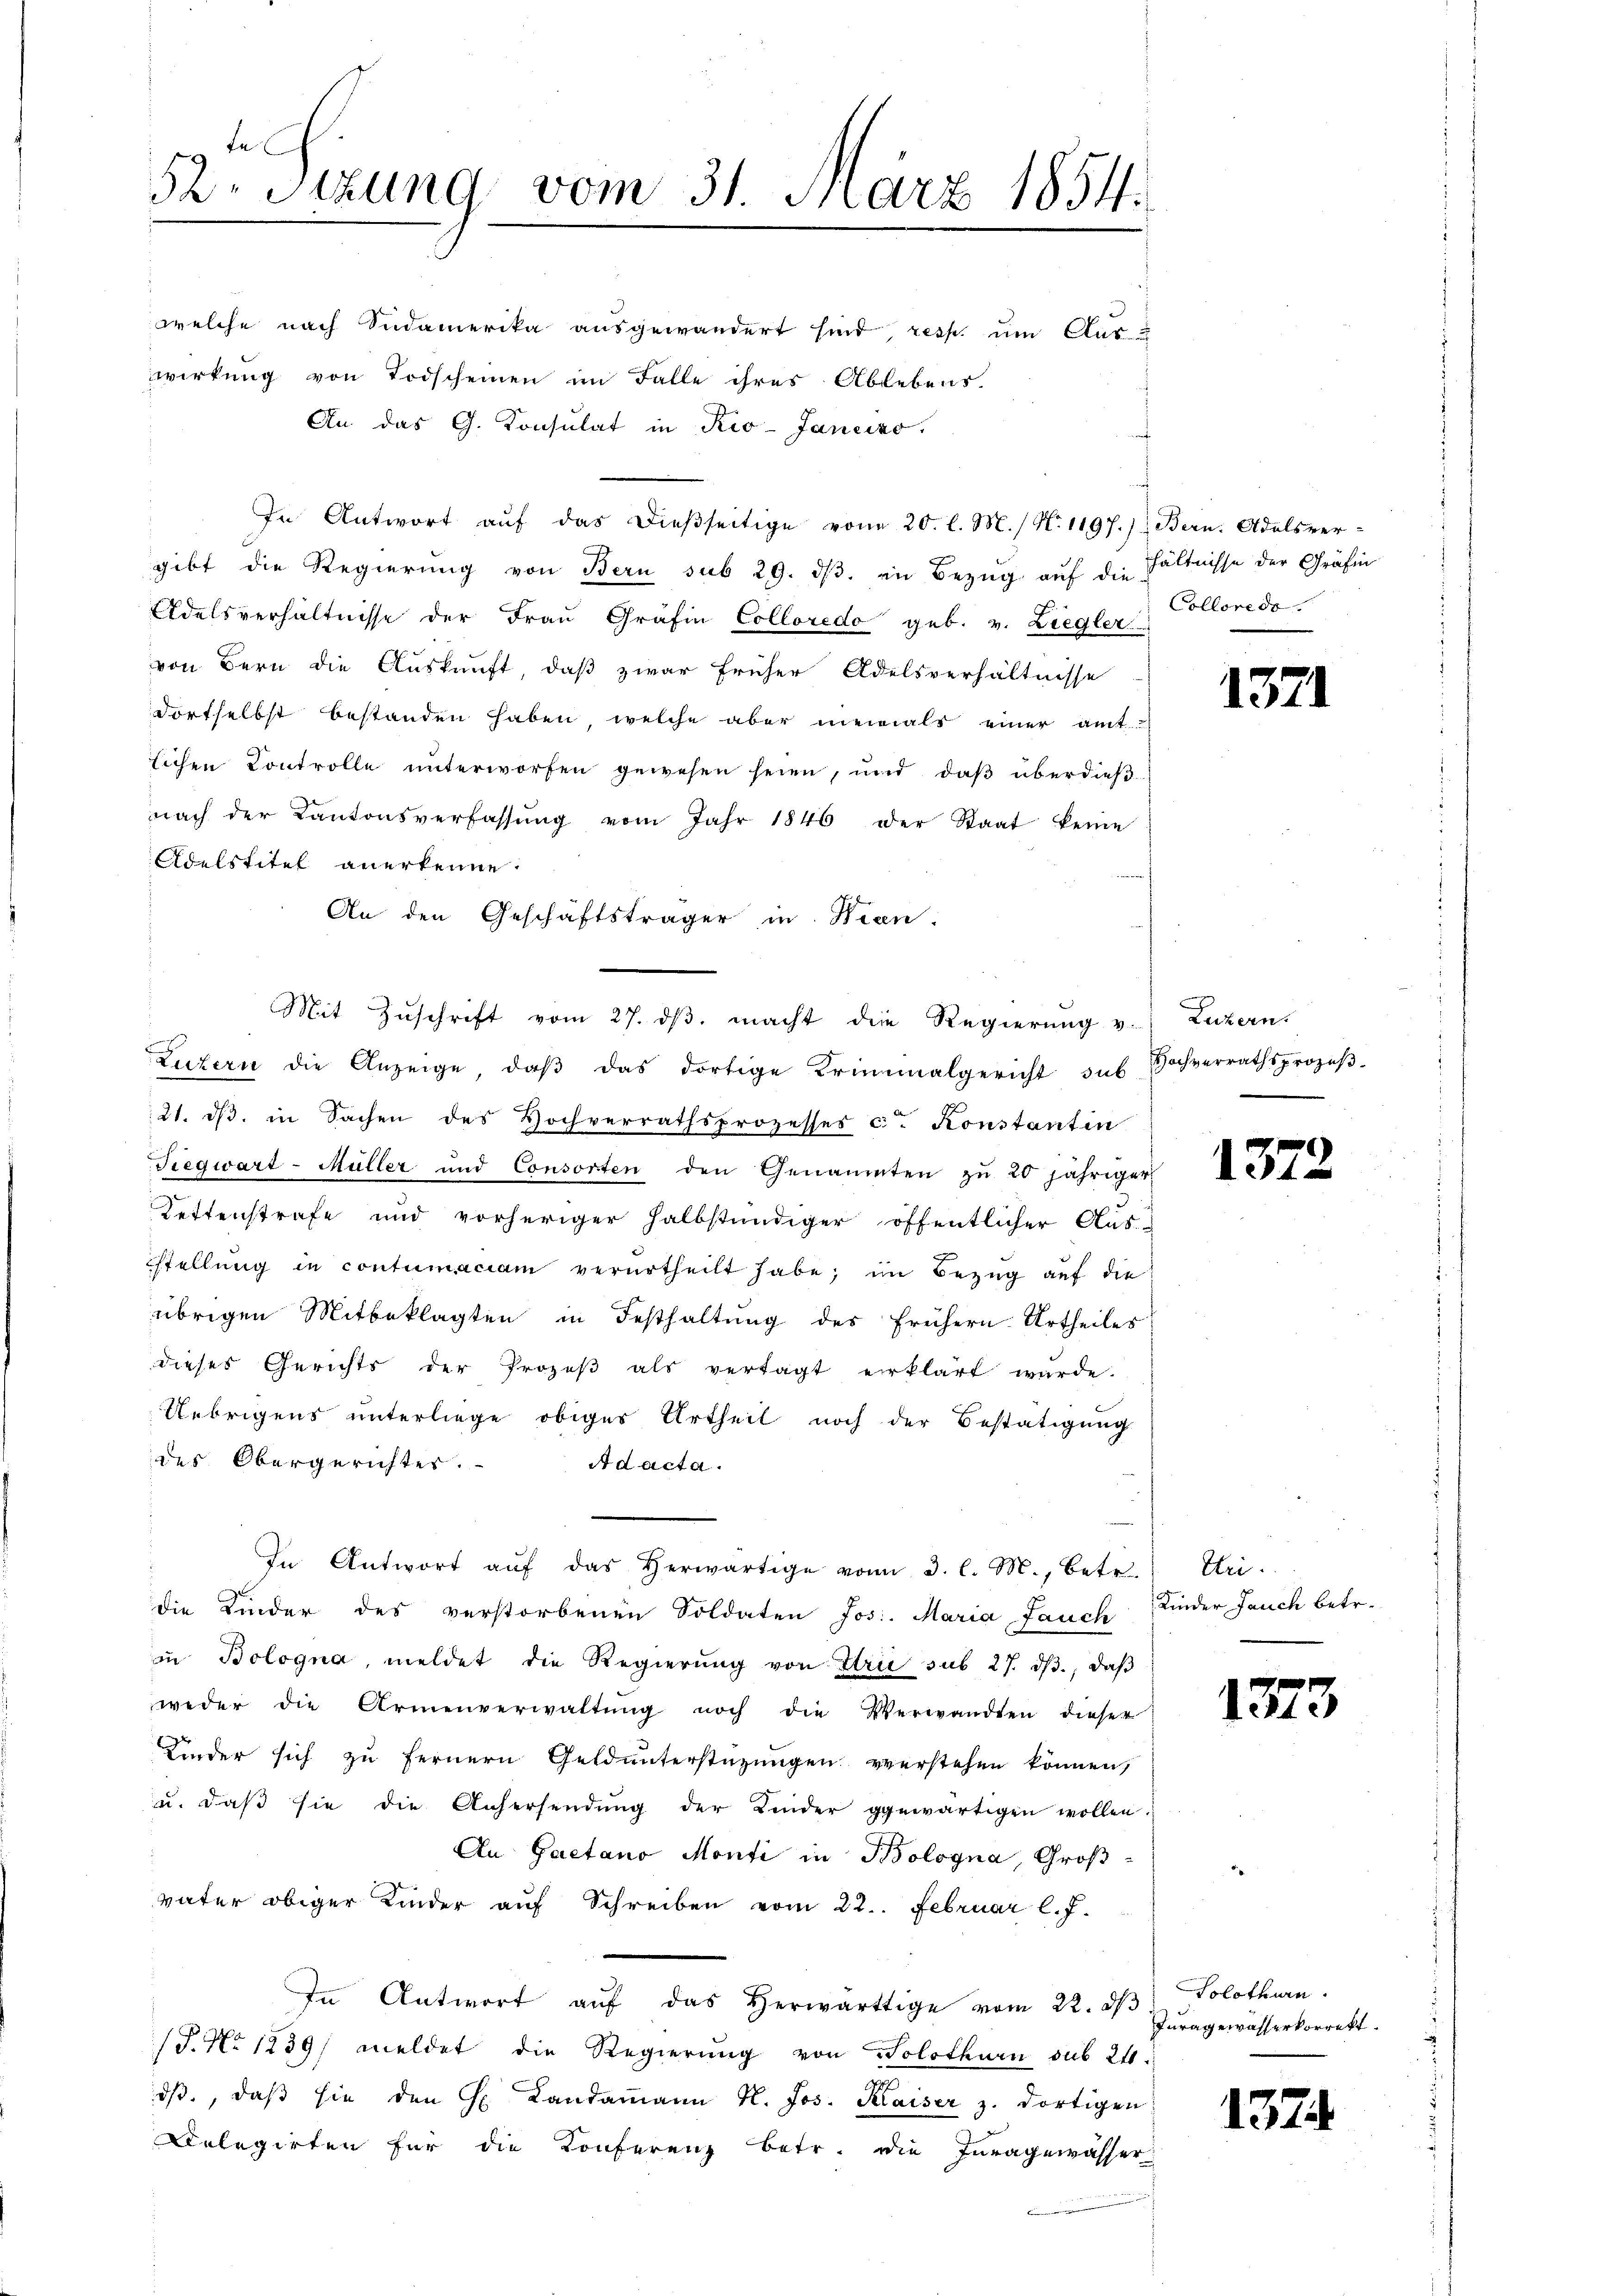
te
52. Sitzung vom 31. März 1854.

welche nach Südamerika ausgewändert sind, resp. um Aus-
wirkung von Todscheinen im Falle ihres Ablebens.
An das G. Konsulat in Rio-Janeizo
In Antwort aŭf das dieβseitige von 20. l. M. / N. 1197.) Bern. Adelsver-
gibt die Regierŭng von Bern sub 29. dβ. in Bezŭg aŭf die hältnisse der Gräfin
Adelsverhältnisse der Frau Gräfin Colloredo geb. v. Liegler
von Bern die Auskunft, daß zwar früher Adelsverhältnisse
dortselbst bestanden haben, welche aber niemals einer amt
lichen Controlle unterworfen gewesen seien, und daß überdießnach der Kantonsverfassŭng vom Jahr 1846 der Staat keine
Adelstitel anerkenne.
An den Geschäftsträger in Wien.
Mit Zuschrift vom 27. ds. macht die Regierung v. Luzern.
Luzern die Anzeige, daβ das dortige Kriminalgericht sub
21. dβ. in Sachen des Hochverrathsprozesses c. Konstantin
Siegwart-Müller und Consorten den Genannten zŭ 20 jähriger
Kettenstrafe und vorheriger halbstündiger öffentlicher Aus-
stellung in contumaciam verurtheilt habe; im Bezug auf die
übrigen Mitbeklagten in Festhaltung des frühern Urtheiles
dieses Gerichts der Prozeβ als vertagt erklärt würde.
Uebrigens unterliege obiges Urtheil noch der Bestätigung
des Obergerichter.
Ad acta.
¬
In Antwort aŭf das herwärtige von 3. l. M., betr.
die Kinder des verstorbenen Soldaten Jos. Maria Lauch Kinder Jauch betr.
in Bologna, meldet die Regierŭng von Strie sub 27. dβ, daß
weder die Armenverwaltŭng noch die Verwandten dieser
Kinder sich zu fernern Geldunterstüzungen verstehen können,
u. daβ sie die Anhersendŭng der Kinder gewärtigen wollen.
An Gaetano Monti in Bologna, Großväter obiger Kinder auf Schreiben vom 22. Februar l. J.
In Antwort aŭf das herwärtige vom 22. dβ
/S. No 1239) meldet die Regierung von Solothurn sub 24:
ds, daß sie den H. Landammann H. Jos. Klaiser z. dortigen
Dolegirten für die Konferenz betr. die Invagewässer

Colleredo

1371

Hochverrathsprozes

1372

Uri.

1373

Solothurn.
Juragewasserkorrekt.

1374